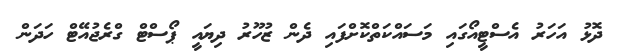
ދޮޅު އަހަރު އެސްޓީއޯގައި މަސައްކަތްކޮށްފައި ދެން ޒުހޫރު ދިޔައީ ޕޯސްޓް ގްރެޖުއޭޓް ހަދަން